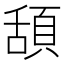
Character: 頢